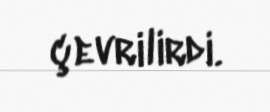
çevrilirdi.